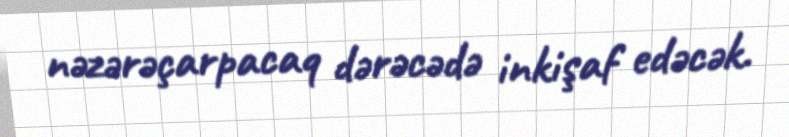
nəzərəçarpacaq dərəcədə inkişaf edəcək.